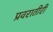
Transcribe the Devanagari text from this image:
प्रवरातीरी